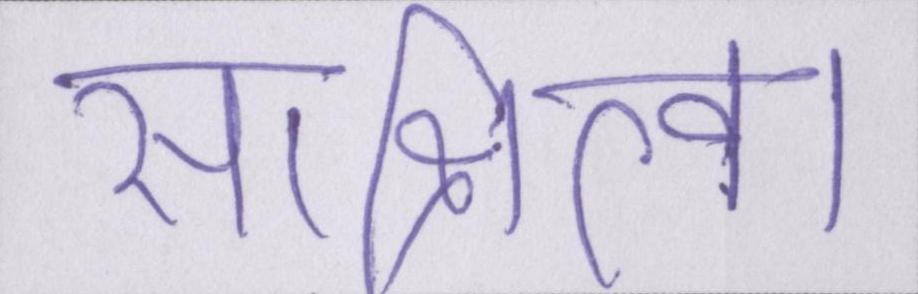
साक्षित्व।